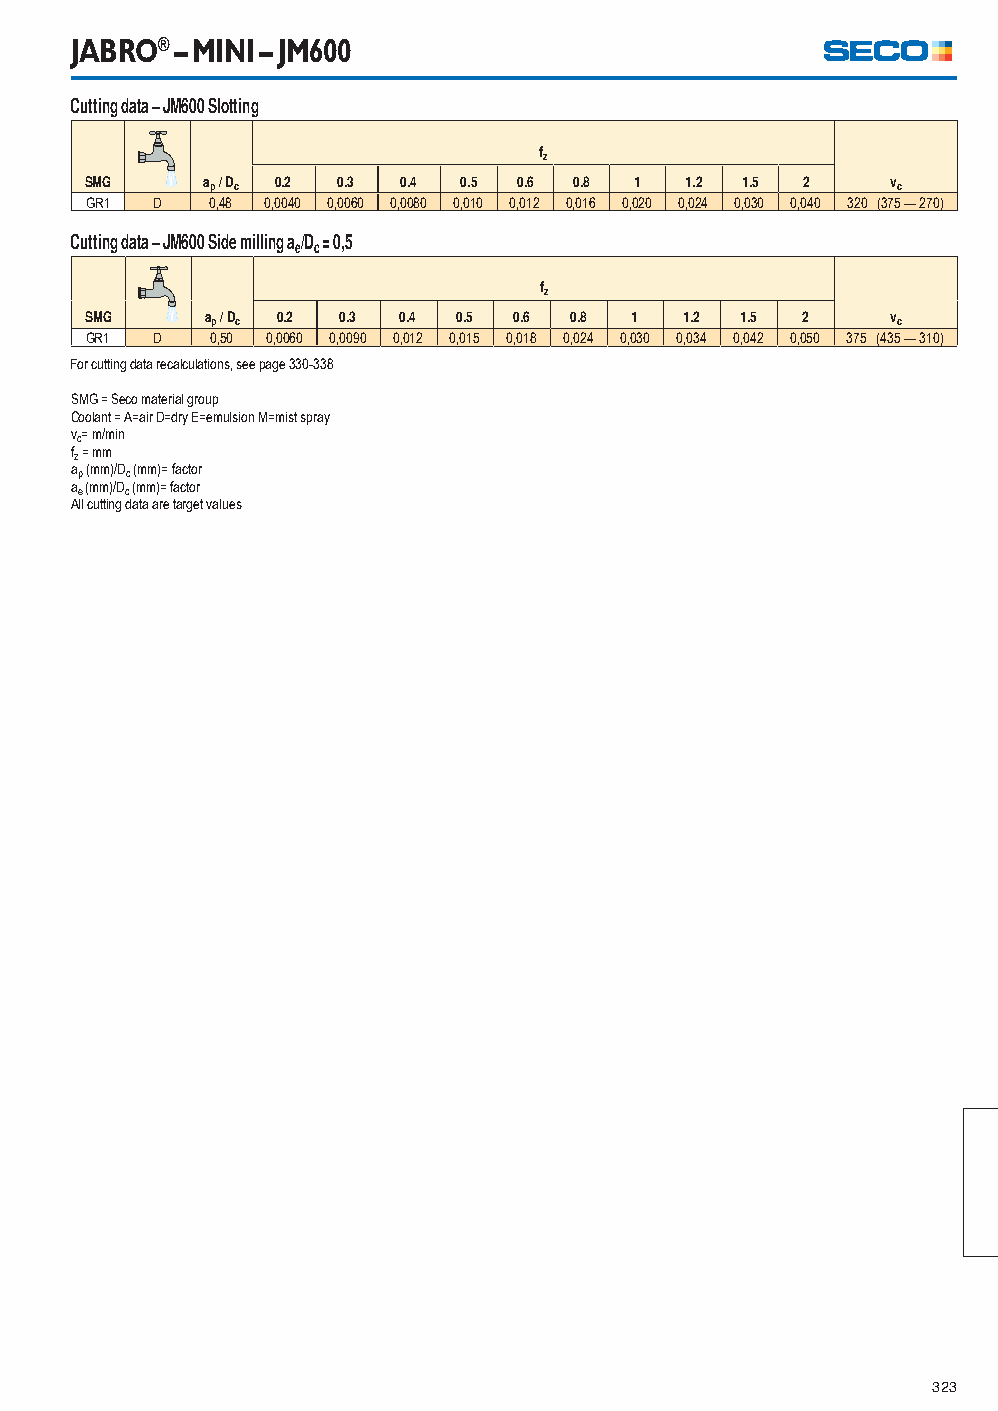
JABRO® – MINI – JM600
 Cutting data – JM600 Slotting
 fz
 SMG    ap / Dc 0.2 0.3 0.4 0.5 0.6 0.8 1 1.2 1.5 2   vc
 GR1 D   0,48 0,0040 0,0060 0,0080 0,010 0,012 0,016 0,020 0,024 0,030 0,040 320 (375 — 270)
 Cutting data – JM600 Side milling a/D = 0,5
 e c
 fz
 SMG     ap / Dc 0.2 0.3 0.4 0.5 0.6 0.8 1 1.2 1.5 2  vc
 GR1 D   0,50 0,0060 0,0090 0,012 0,015 0,018 0,024 0,030 0,034 0,042 0,050 375 (435 — 310)
 For cutting data recalculations, see page 330-338
 SMG = Seco material group
 Coolant = A=air D=dry E=emulsion M=mist spray
 vc= m/min
 fz = mm
 ap (mm)/Dc (mm)= factor
 ae (mm)/Dc (mm)= factor
 All cutting data are target values
 323